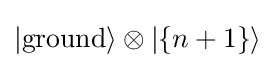
|{\text{ground}}\rangle \otimes |\{n+1\}\rangle